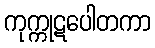
ကုက္ကုဋပေါတကာ